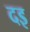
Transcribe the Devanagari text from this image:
दइ